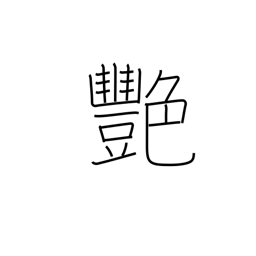
Meaning: luster